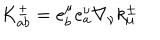
K _ { a b } ^ { \pm } = e _ { b } ^ { \mu } e _ { a } ^ { \nu } \nabla _ { \nu } k _ { \mu } ^ { \pm }